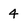
Character: 4